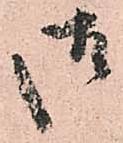
御